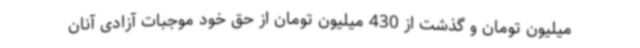
میلیون تومان و گذشت از 430 میلیون تومان از حق خود موجبات آزادی آنان